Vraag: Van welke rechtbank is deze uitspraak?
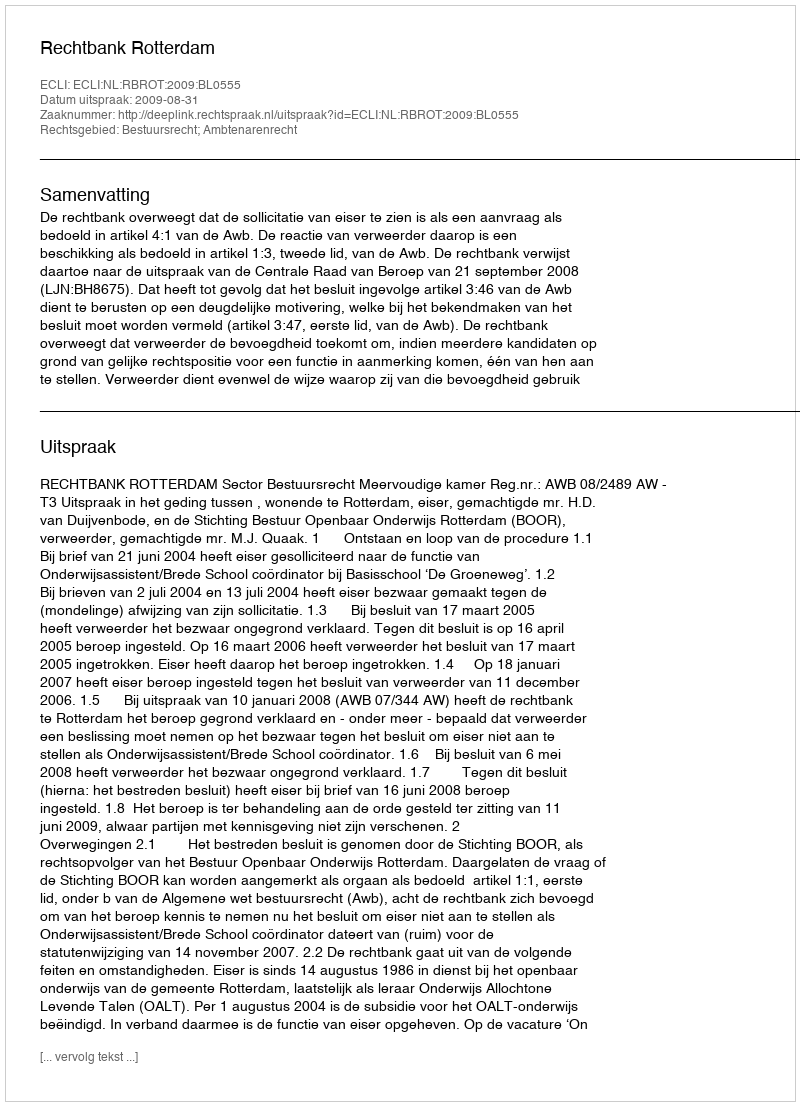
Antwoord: Rechtbank Rotterdam